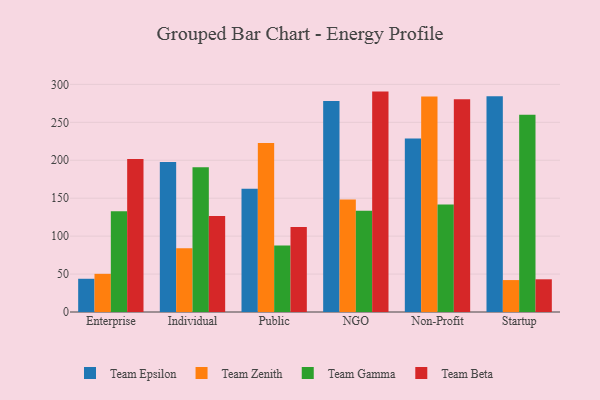
{"axis": {"x": "Segment", "y": "Population (Million)"}, "legend": ["Team Beta", "Team Epsilon", "Team Gamma", "Team Zenith"], "data": [{"x": "Enterprise", "y": 43.8, "type": "Team Epsilon"}, {"x": "Enterprise", "y": 50.3, "type": "Team Zenith"}, {"x": "Enterprise", "y": 132.7, "type": "Team Gamma"}, {"x": "Enterprise", "y": 201.6, "type": "Team Beta"}, {"x": "Individual", "y": 197.6, "type": "Team Epsilon"}, {"x": "Individual", "y": 83.9, "type": "Team Zenith"}, {"x": "Individual", "y": 190.9, "type": "Team Gamma"}, {"x": "Individual", "y": 126.4, "type": "Team Beta"}, {"x": "Public", "y": 162.3, "type": "Team Epsilon"}, {"x": "Public", "y": 222.6, "type": "Team Zenith"}, {"x": "Public", "y": 87.5, "type": "Team Gamma"}, {"x": "Public", "y": 112.1, "type": "Team Beta"}, {"x": "NGO", "y": 278.1, "type": "Team Epsilon"}, {"x": "NGO", "y": 148.4, "type": "Team Zenith"}, {"x": "NGO", "y": 133.6, "type": "Team Gamma"}, {"x": "NGO", "y": 290.5, "type": "Team Beta"}, {"x": "Non-Profit", "y": 228.8, "type": "Team Epsilon"}, {"x": "Non-Profit", "y": 284.2, "type": "Team Zenith"}, {"x": "Non-Profit", "y": 141.6, "type": "Team Gamma"}, {"x": "Non-Profit", "y": 280.5, "type": "Team Beta"}, {"x": "Startup", "y": 284.3, "type": "Team Epsilon"}, {"x": "Startup", "y": 42.1, "type": "Team Zenith"}, {"x": "Startup", "y": 260.1, "type": "Team Gamma"}, {"x": "Startup", "y": 43.1, "type": "Team Beta"}]}